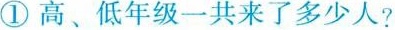
①高、低年级一共来了多少人?